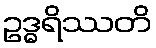
ဥဒ္ဓရိဿတိ